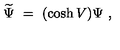
\widetilde \Psi \ = \ ( \cosh V ) \Psi \ ,